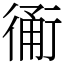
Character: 𧗴